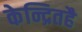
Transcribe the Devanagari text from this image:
केन्द्रितहै